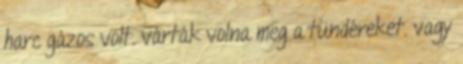
harc gázos volt. várták volna meg a tündéreket. vagy